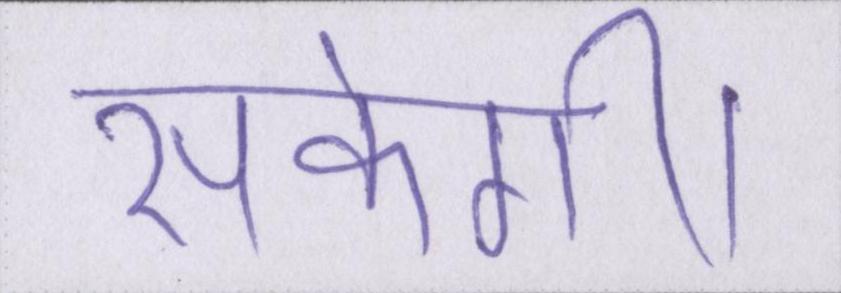
सकेगी।